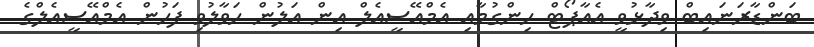
ބަންޑާރަނައިބް ވިދާޅުވީ އެއާޕޯޓް ހިންގުމާއި އެމްއޭސީއެލް އިން އަލުން ހަވާލުވި ފަހުން އެމްއޭސީއެލްގެ